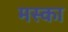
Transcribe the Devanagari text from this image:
मस्का